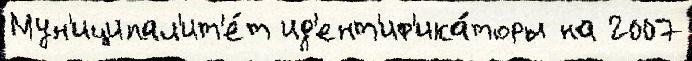
Мун'иципал'ит'е́т ид'ент'иф'ика́торы на 2007